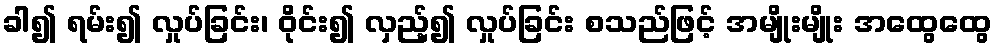
ခါ၍ ရမ်း၍ လှုပ်ခြင်း၊ ဝိုင်း၍ လှည့်၍ လှုပ်ခြင်း စသည်ဖြင့် အမျိုးမျိုး အထွေထွေ